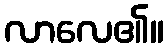
လာလေ၏။